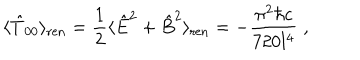
\langle { \hat { T } } _ { 0 0 } \rangle _ { \mathrm { r e n } } = { \frac { 1 } { 2 } } \langle { \hat { E } } ^ { 2 } + { \hat { B } } ^ { 2 } \rangle _ { \mathrm { r e n } } = - { \frac { \pi ^ { 2 } \hbar c } { 7 2 0 l ^ { 4 } } } \; ,